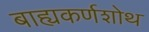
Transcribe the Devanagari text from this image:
बाह्यकर्णशोथ